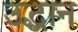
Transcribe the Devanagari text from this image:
उद्धान